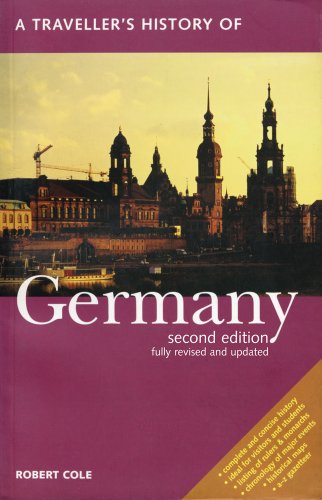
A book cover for Traveller's History of Germany; Robert Cole; Travel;